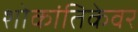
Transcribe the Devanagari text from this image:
शोकांतिकेवर